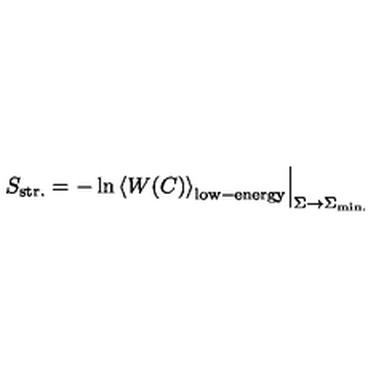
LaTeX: \left. S _ { \mathrm { s t r . } } = - \ln \left< W ( C ) \right> _ { \mathrm { l o w - e n e r g y } } \right| _ { \Sigma \to \Sigma _ { \mathrm { m i n . } } }